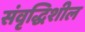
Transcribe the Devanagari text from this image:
संवृद्धिशील